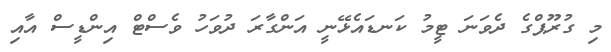
މި ގުރޫޕްގެ ދެވަނަ ޓީމު ކަނޑައެޅޭނީ އަންގާރަ ދުވަހު ވެސްޓް އިންޑީސް އާއި